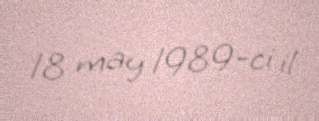
18 may 1989-ci il